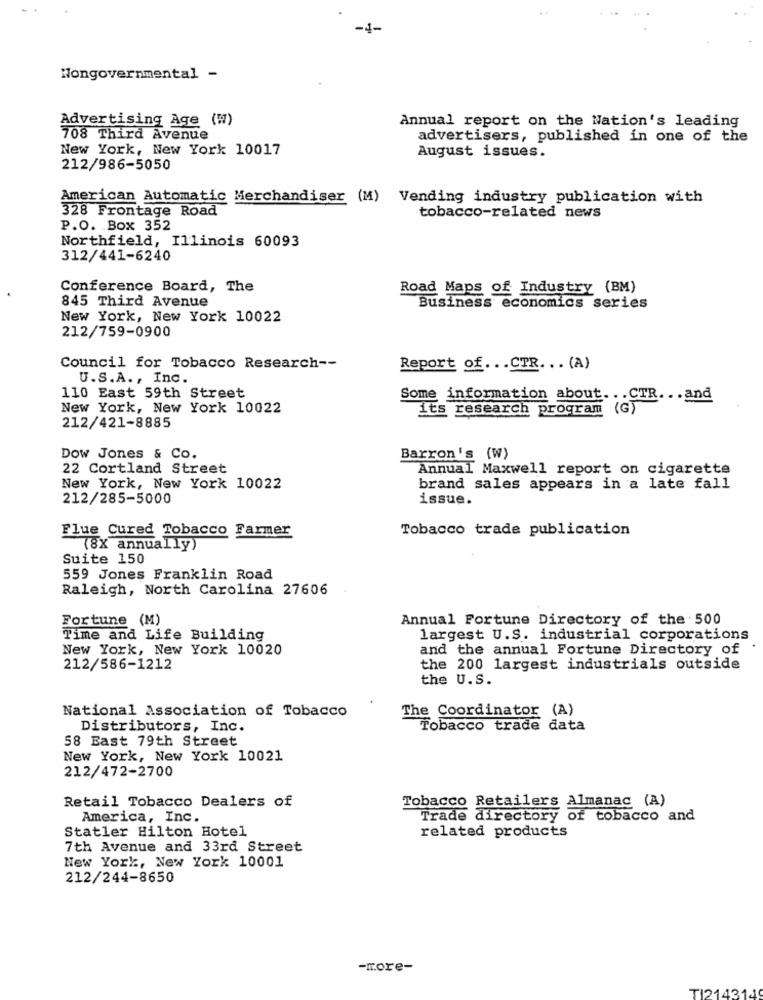
-4-
Nongovernmental -
Advertising Age (W)
Annual report on the Nation's leading
708 Third Avenue
advertisers, published in one of the
New York, New York 10017
August issues.
212/986-5050
American Automatic Merchandiser (M) Vending industry publication with
328 Frontage Road
tobacco-related news
P.O. Box 352
Northfield, Illinois 60093
312/441-6240
Conference Board, The
Road Maps of Industry (BM)
845 Third Avenue
Business economics series
New York, New York 10022
212/759-0900
Council for Tobacco Research --
Report of ... CTR. .. (A)
U.S.A ., Inc.
110 East 59th Street
Some information about ... CTR. .. and
New York, New York 10022
its research program (G)
212/421-8885
Dow Jones & Co.
Barron's (W)
22 Cortland Street
Annual Maxwell report on cigarette
New York, New York 10022
brand sales appears in a late fall
212/285-5000
issue.
Flue Cured Tobacco Farmer
Tobacco trade publication
(8X annually)
Suite 150
559 Jones Franklin Road
Raleigh, North Carolina 27606
Fortune (M)
Annual Fortune Directory of the 500
Time and Life Building
largest U.S. industrial corporations
New York, New York 10020
and the annual Fortune Directory of
212/586-1212
the 200 largest industrials outside
the U.S.
National Association of Tobacco
The Coordinator (A)
Distributors, Inc.
Tobacco trade data
58 East 79th Street
New York, New York 10021
212/472-2700
Retail Tobacco Dealers of
Tobacco Retailers Almanac (A)
America, Inc.
Trade directory of tobacco and
Statler Hilton Hotel
related products
7th Avenue and 33rd Street
New York, New York 10001
212/244-8650
-more-
TI214314